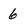
Character: 6